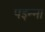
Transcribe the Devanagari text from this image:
पइन्ना